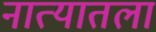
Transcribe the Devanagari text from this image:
नात्यातला